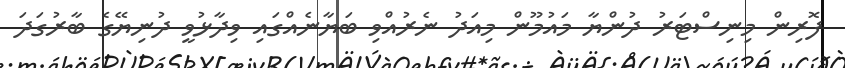
ފޮރިން މިނިސްޓަރު ދުންޔާ މައުމޫން މިއަދު ނެރުއްވި ބަޔާނެއްގައި ވިދާޅުވީ ދުނިޔޭގެ ބާރުގަދަ